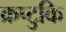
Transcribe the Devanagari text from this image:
क्रप्टुकि